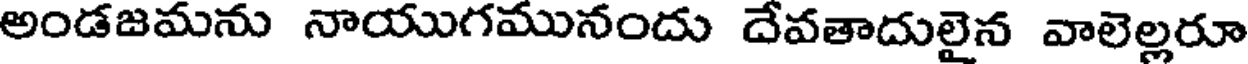
అండజమను నాయుగమునందు దేవతాదులైన వాలెల్లరూ